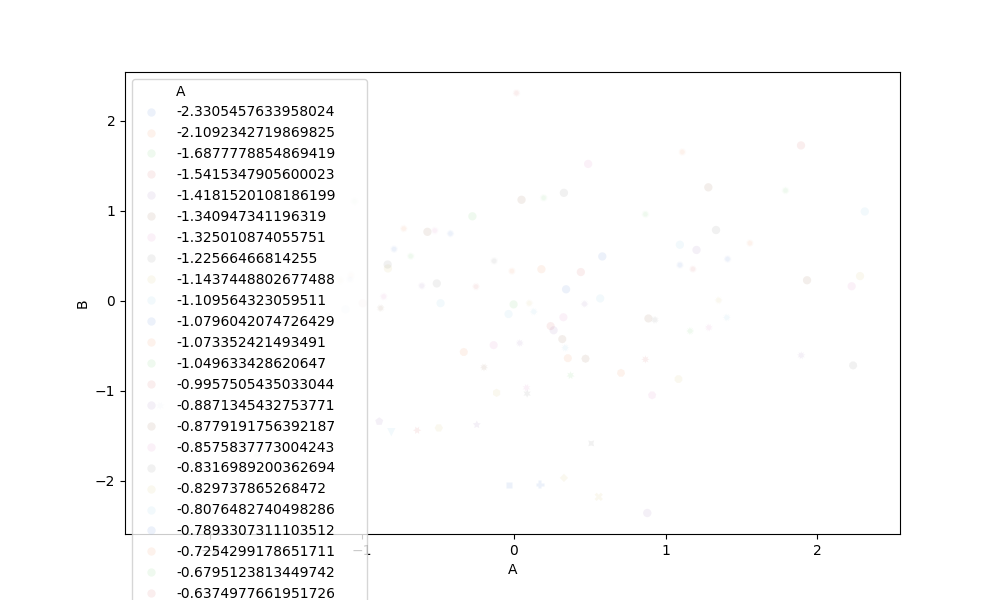
python, seaborn, scatterplot, hue='A', style='B', size='None', palette='muted', alpha=0.1